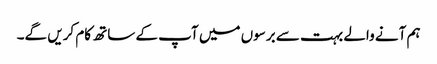
ہم آنے والے بہت سے برسوں میں آپ کے ساتھ کام کریں گے۔